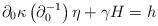
LaTeX: \begin{align*}\partial_{0}\kappa\left(\partial_{0}^{-1}\right)\eta+\gamma H=h\end{align*}